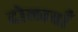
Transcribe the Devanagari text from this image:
दोलावाँ